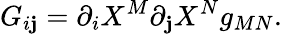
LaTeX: G_{i\mathbf{j}}={\partial_{i}}X^{M}{\partial_{\mathbf{j}}}X^{N}g_{MN}.